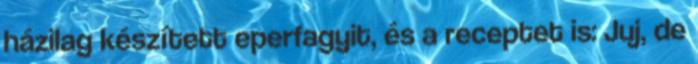
házilag készített eperfagyit, és a receptet is: Juj, de